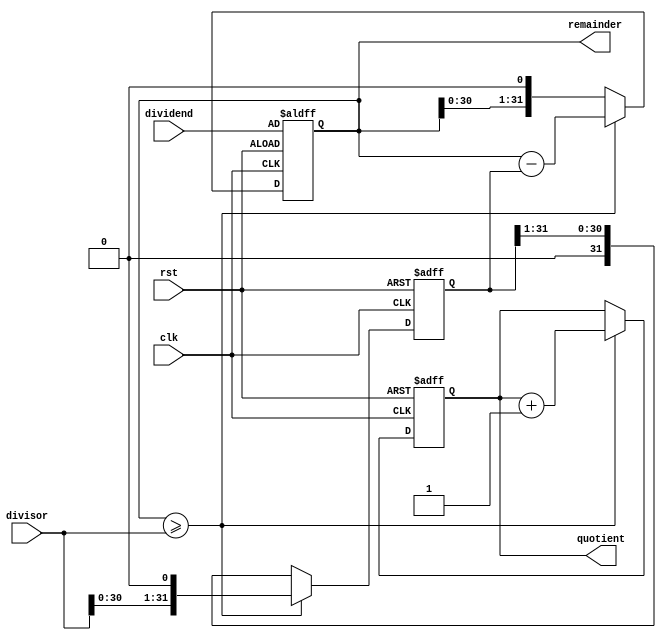
module shift_and_subtract_divider(
  input wire clk,
  input wire rst,
  input wire [31:0] dividend,
  input wire [31:0] divisor,
  output reg [31:0] quotient,
  output reg [31:0] remainder
);
  
  reg [31:0] shifted_divisor;
  
  always @ (posedge clk or posedge rst) begin
    if (rst) begin
      shifted_divisor <= 32'b0;
      quotient <= 32'b0; 
      remainder <= dividend;
    end else begin
      if (remainder >= divisor) begin
        shifted_divisor <= {divisor, 1'b0};
        quotient <= quotient + 1;
        remainder <= remainder - shifted_divisor;
      end else begin
        shifted_divisor <= shifted_divisor >> 1;
        remainder <= remainder << 1;
      end
    end
  end
endmodule